Annual administration report of the Civil Veterinary Department of India - 1894-1895
Year: 1894
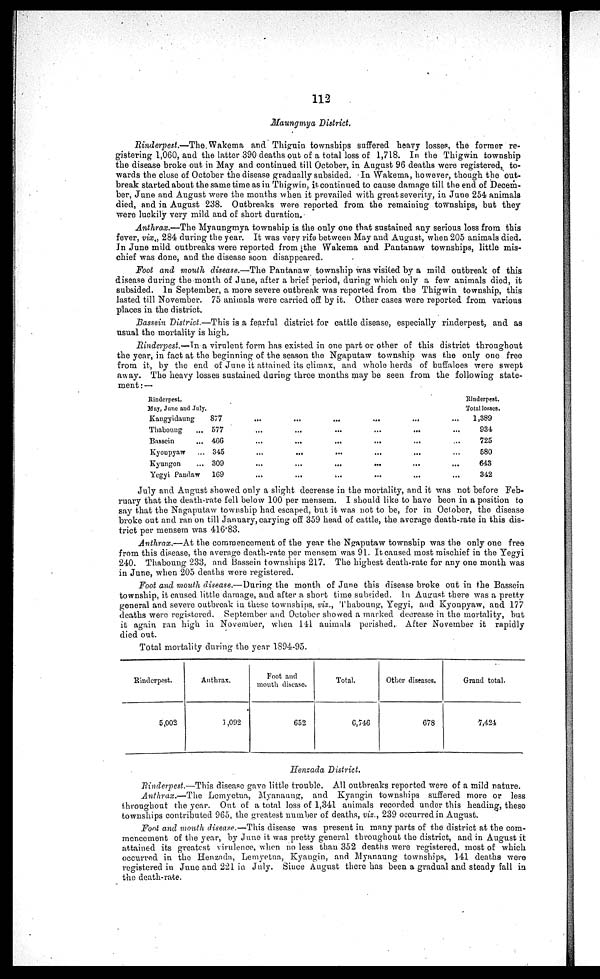
112
Maungmya District.
Rinderpest.—The Wakema and Thiguin townships suffered heavy losses, the former re-
gistering 1,060, and the latter 390 deaths out of a total loss of 1,718. In the Thigwin township
the disease broke out in May and continued till October, in August 96 deaths were registered, to-
wards the close of October the disease gradually subsided. In Wakema, however, though the out-
break started about the same time as in Thigwin, it continued to cause damage till the end of Decem-
ber, June and August were the months when it prevailed with great severity, in June 254 animals
died, and in August 238. Outbreaks were reported from the remaining townships, but they
were luckily very mild and of short duration.
Anthrax.—The Myaungmya township is the only one that sustained any serious loss from this
fever, viœ„ 284 during the year. It was very rife between May and August, when 205 animals died.
In June mild outbreaks were reported from the Wakema and Pantanaw townships, little mis-
chief was done, and the disease soon disappeared.
Foot and mouth disease.—The Pantanaw township was visited by a mild outbreak of this
disease during the month of June, after a brief period, during which only a few animals died, it
subsided. In September, a more severe outbreak was reported from the Thigwin township, this
lasted till November. 75 animals were carried off by it. Other cases were reported from various
places in the district.
Bassein District —This is a fearful district for cattle disease, especially rinderpest, and as
usual the mortality is high.
Rinderpest.—In a virulent form has existed in one part or other of this district throughout
the year, in fact at the beginning of the season the Ngaputaw township was the only one free
from it, by the end of June it attained its climax, and whole herds of buffaloes were swept
away. The heavy losses sustained during three months may be seen from the following state-
ment:—
Rinderpest.
May, June and July
Kangyidaung
Thaboung
...
Bassein
...
Kyonpyaw
...
Kyungon
...
Yegyi Pandaw
877
577
466
345
309
169
...
...
...
...
...
...
...
...
...
...
...
...
...
...
...
...
...
...
...
...
...
...
...
...
...
...
...
...
...
...
...
...
...
...
...
...
Rinderpest.
Total losses.
1,389
934
725
580
643
342
July and August showed only a slight decrease in the mortality, and it was not before Feb-
ruary that the death-rate fell below 100 per mensem. I should like to have been in a position to
say that the Nagaputaw township had escaped, but it was not to be, for in October, the disease
broke out and ran on till January, carying off 359 head of cattle, the average death-rate in this dis-
trict per mensem was 416.83.
Anthrax.—At the commencement of the year the Ngaputaw township was the only one free
from this disease, the average death-rate per mensem was 91. It caused most mischief in the Yegyi
240. Thaboung 233, and Bassein townships 217. The highest death-rate for any one month was
in June, when 205 deaths were registered.
Foot and mouth disease.—During the month of June this disease broke out in the Bassein
township, it caused little damage, and after a short time subsided. In August there was a pretty
general and severe outbreak in these townships, viz., Thaboung, Yegyi, and Kyonpyaw, and 177
deaths were registered. September and October showed a marked decrease in the mortality, hut
it again ran high in November, when 141 auimals perished. After November it rapidly
died out.
Total mortality during the year 1S94-95.
Rinderpest.
5,002
Anthrax.
1,092
Foot and
mouth disease.
652
Total.
6,746
Other diseases.
678
Grand total.
7,424
Henzada District.
Rinderpest.—This disease gave little trouble. All outbreaks reported were of a mild nature.
Anthrax.—The Lemyetua, Myanaung, and Kyangin townships suffered more or less
throughout the year. Out of a total loss of 1,341 animals recorded under this heading, these
townships contributed 965, the greatest number of deaths, viz., 239 occurred in August.
Font and mouth disease.—This disease was present in many parts of the district at the com-
mencement of the year, by June it was pretty general throughout the district, and in August it
attained its greatest virulence, when no less than 352 deaths were registered, most of which
occurred in the Henzada, Lemyetna, Kyangin, and Myanaung townships, 141 deaths were
registered in June and 221 in July. Since August there has been a gradual and steady fall in
the death-rate.